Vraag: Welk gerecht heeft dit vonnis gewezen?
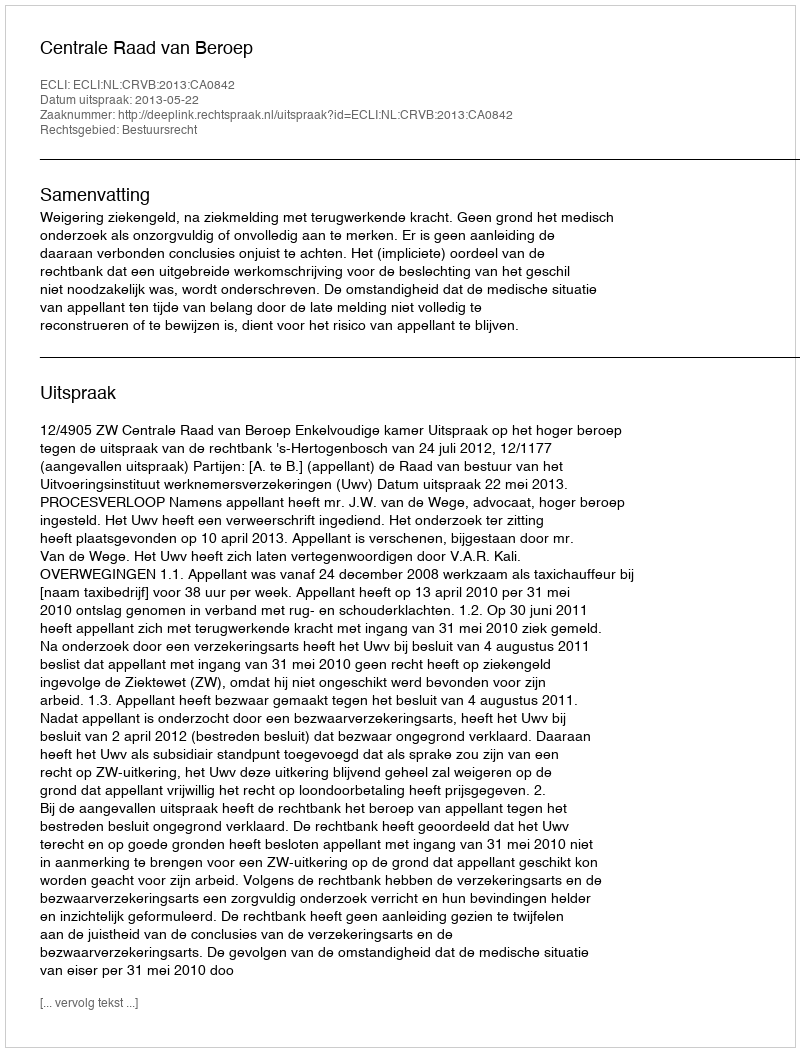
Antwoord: Centrale Raad van Beroep